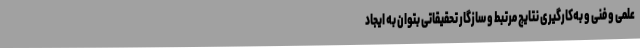
علمی و فنی و به‌کارگیری نتایج مرتبط و سازگار تحقیقاتی بتوان به ایجاد